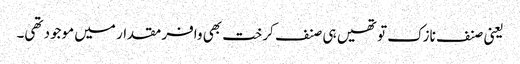
یعنی صنف نازک تو تھیں ہی صنف کرخت بھی وافر مقدار میں موجود تھی۔